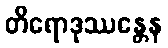
တိရောဒုဿန္တေန